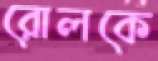
রোলকে